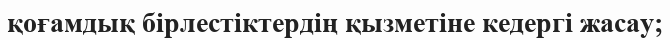
қоғамдық бірлестіктердің қызметіне кедергі жасау;